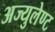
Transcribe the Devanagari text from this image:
अज्युलेण्ट